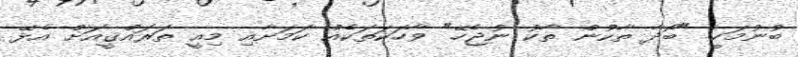
ބުނުމަކީ "ބޯދާ ތާކުން ތާކު ނުޖެހޭ" ވާހަކަތަކެއް ކަމަށާއި މިއީ ތަރައްޤީއަށް އެޅޭ